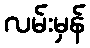
လမ်းမှန်